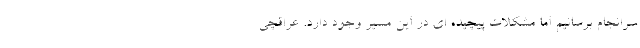
سرانجام برسانیم اما مشکلات پیچیده ای در این مسیر وجود دارد. عراقچی